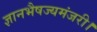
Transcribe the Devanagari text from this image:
ज्ञानभैषज्यमंजरी।